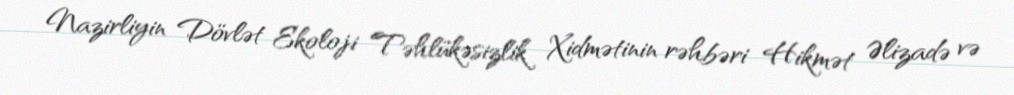
Nazirliyin Dövlət Ekoloji Təhlükəsizlik Xidmətinin rəhbəri Hikmət Əlizadə və